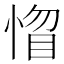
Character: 𢝻